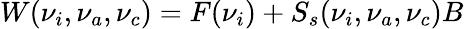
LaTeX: W(\nu_{i},\nu_{a},\nu_{c})=F(\nu_{i})+S_{s}(\nu_{i},\nu_{a},\nu_{c})B